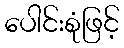
ပေါင်းစုံဖြင့်